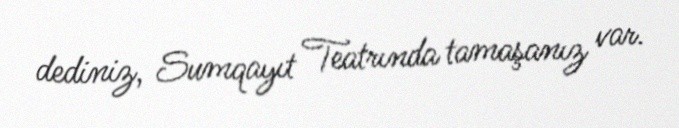
dediniz, Sumqayıt Teatrında tamaşanız var.